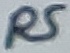
Text: R5